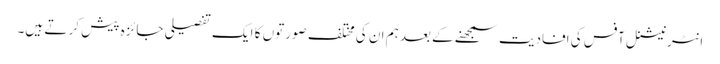
انٹرنیشنل آفس کی افادیت سمجھنے کے بعد ہم ان کی مختلف صورتوں کا ایک تفصیلی جائزہ پیش کر تے ہیں۔